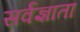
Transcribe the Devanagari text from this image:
सर्वज्ञाता